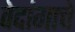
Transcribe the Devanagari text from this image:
वेदांगाचे